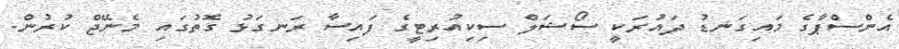
އެންސްޕާގެ މައިގަނޑު ދައުރަކީ ސޯޝަލް ސިކިއުރިޓީގެ ފައިސާ ރަނގަޅު ގޮތުގައި މެނޭޖް ކުރުން.